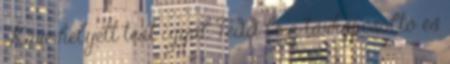
Kávé helyett teát igyál Tedd le a távkapcsoltó és